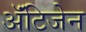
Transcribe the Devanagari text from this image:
ॲंटिजेन